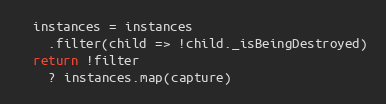
Language: JavaScript
  instances = instances
    .filter(child => !child._isBeingDestroyed)
  return !filter
    ? instances.map(capture)